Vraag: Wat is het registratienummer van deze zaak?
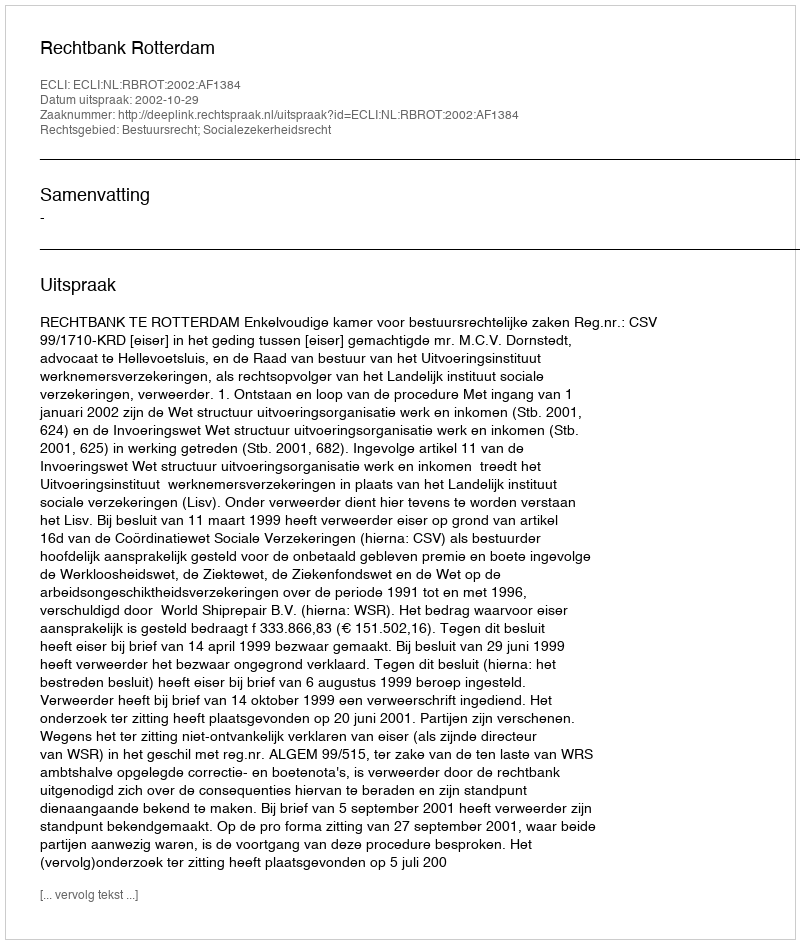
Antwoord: http://deeplink.rechtspraak.nl/uitspraak?id=ECLI:NL:RBROT:2002:AF1384